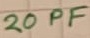
Text: 20PF